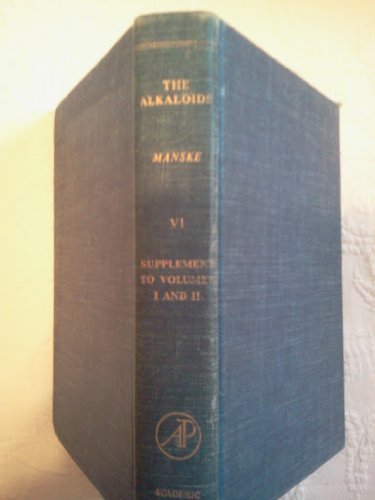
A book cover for The alkaloids: Chemistry and physiology; Science & Math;